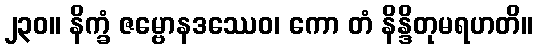
၂၃၀။ နိက္ခံ ဇမ္ဗောနဒဿေဝ၊ ကော တံ နိန္ဒိတုမရဟတိ။